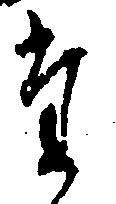
た